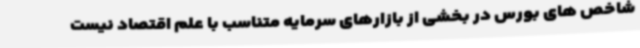
شاخص های بورس در بخشی از بازارهای سرمایه متناسب با علم اقتصاد نیست